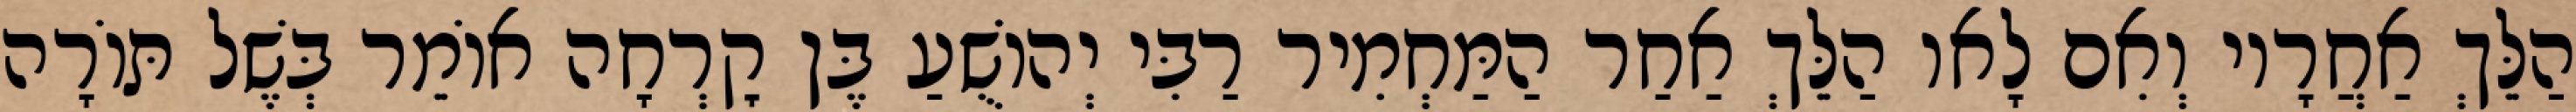
הַלֵּךְ אַחֲרָיו וְאִם לָאו הַלֵּךְ אַחַר הַמַּחְמִיר רַבִּי יְהוֹשֻׁעַ בֶּן קׇרְחָה אוֹמֵר בְּשֶׁל תּוֹרָה